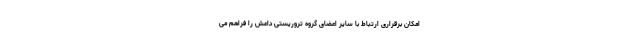
امکان برقراری ارتباط با سایر اعضای گروه تروریستی داعش را فراهم می